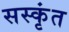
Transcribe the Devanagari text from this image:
सस्कृंत